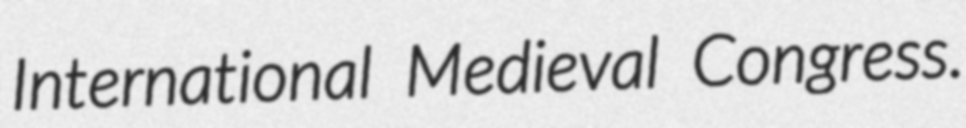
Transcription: International Medieval Congress.